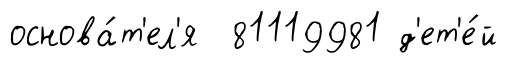
основа́т'ел'я 81119981 д'ет'е́й